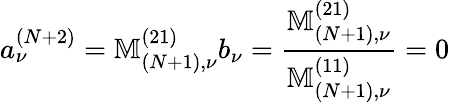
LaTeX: a_{\nu}^{(N+2)}=\mathbb{M}_{(N+1),\nu}^{(21)}b_{\nu}=\frac{\mathbb{M}_{(N+1),\nu}^{(21)}}{\mathbb{M}_{(N+1),\nu}^{(11)}}=0